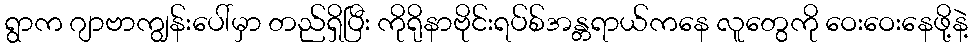
ရွာက ဂျာဗာကျွန်းပေါ်မှာ တည်ရှိပြီး ကိုရိုနာဗိုင်းရပ်စ်အန္တရာယ်ကနေ လူတွေကို ဝေးဝေးနေဖို့နဲ့